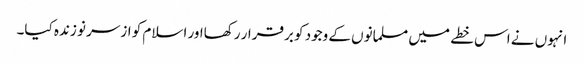
انہوں نے اس خطے میں مسلمانوں کے وجود کو برقرار رکھااور اسلام کو ازسر نو زندہ کیا۔